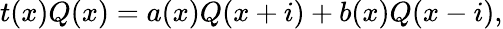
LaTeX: t(x)Q(x)=a(x)Q(x+i)+b(x)Q(x-i),